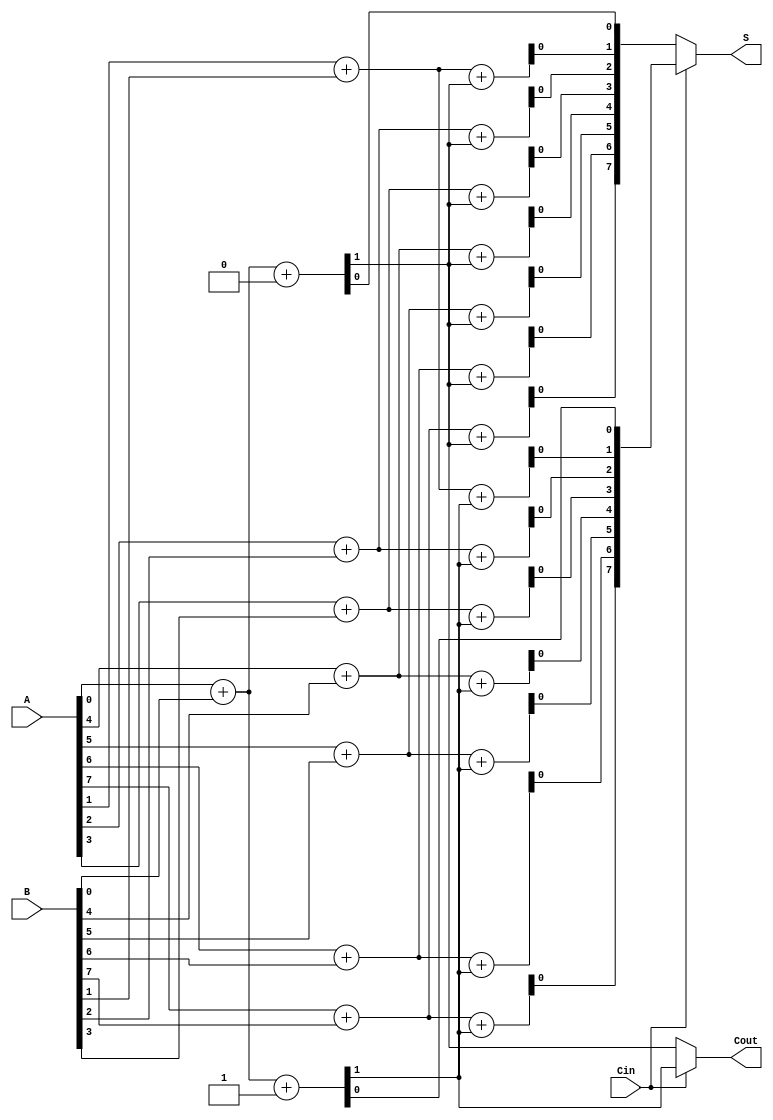
module DynamicCarrySelectAdder #(parameter N = 8) (
    input [N-1:0] A,   // First n-bit input
    input [N-1:0] B,   // Second n-bit input
    input Cin,         // Input carry
    output [N-1:0] S,  // n-bit sum output
    output Cout        // Output carry
);

    wire [N-1:0] sum0;   // Sum when Cin = 0
    wire [N-1:0] sum1;   // Sum when Cin = 1
    wire Cout0;          // Carry out when Cin = 0
    wire Cout1;          // Carry out when Cin = 1
  
    // Ripple Carry Adder when Cin = 0
    generate
        genvar i;
        for (i = 0; i < N; i = i + 1) begin : RCA0
            if (i == 0) begin
                assign {Cout0, sum0[i]} = A[i] + B[i] + 1'b0; // First stage
            end else begin
                assign {Cout0, sum0[i]} = A[i] + B[i] + Cout0; // Subsequent stages
            end
        end
    endgenerate

    // Ripple Carry Adder when Cin = 1
    generate
        for (i = 0; i < N; i = i + 1) begin : RCA1
            if (i == 0) begin
                assign {Cout1, sum1[i]} = A[i] + B[i] + 1'b1; // First stage
            end else begin
                assign {Cout1, sum1[i]} = A[i] + B[i] + Cout1; // Subsequent stages
            end
        end
    endgenerate

    // MUX to select sum based on Cin
    assign S = (Cin) ? sum1 : sum0;

    // MUX to select Cout based on Cin
    assign Cout = (Cin) ? Cout1 : Cout0;

endmodule